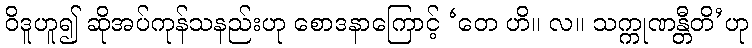
ဝိဒူဟူ၍ ဆိုအပ်ကုန်သနည်းဟု စောဒနာကြောင့် ‘တေ ဟိ။ လ။ သက္ကုဏန္တီတိ’ဟု